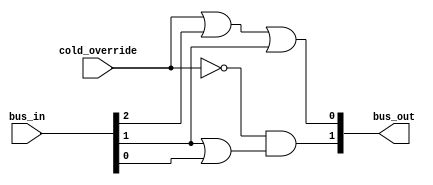
module valve_control(bus_in,cold_override,bus_out);

	input cold_override;
	input [2:0] bus_in;
	output [1:0] bus_out;

/* 
* bus_out[0] is cold valve
* bus_out[1] is hot valve
*
* bus_in[2] is cold select
* bus_in[1] is warm select
* bus_in[0] is hot select
*/

/*
	assign 
		bus_out[0] = cold_override + bus_out[0] + (bus_out[0] & bus_out[1]); 
		bus_out[0] = ~cold_override & bus_in[3] & ~(bus_out[0] & bus_out[1]) + 
			~cold_override & ~bus_in[0] & bus_out[0] & bus_out[1];
*/

assign
	bus_out[0] = cold_override | bus_in[2] | bus_in[1],
	bus_out[1] = ~cold_override & (bus_in[1] | bus_in[0]);

endmodule